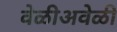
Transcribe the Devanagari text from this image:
वेळीअवेळी